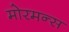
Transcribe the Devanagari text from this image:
मोरमन्स